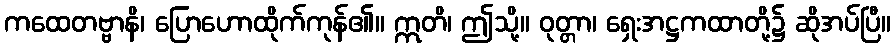
ကထေတဗ္ဗာနိ၊ ပြောဟောထိုက်ကုန်၏။ ဣတိ၊ ဤသို့။ ဝုတ္တာ၊ ရှေးအဋ္ဌကထာတို့၌ ဆိုအပ်ပြီ။